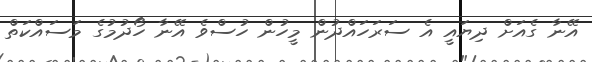
އޭނާ ގެއަށް ދިޔައީ އެ ސަރަހައްދުން މީހުން ހުސްވެ އޭނާ ހޯދުމުގެ މަސައްކަތް